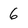
Character: 6